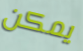
يمكن